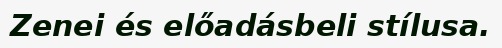
Zenei és előadásbeli stílusa.